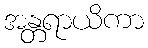
အန္တရာယိကာ